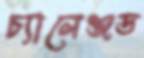
চ্যালেঞ্জড